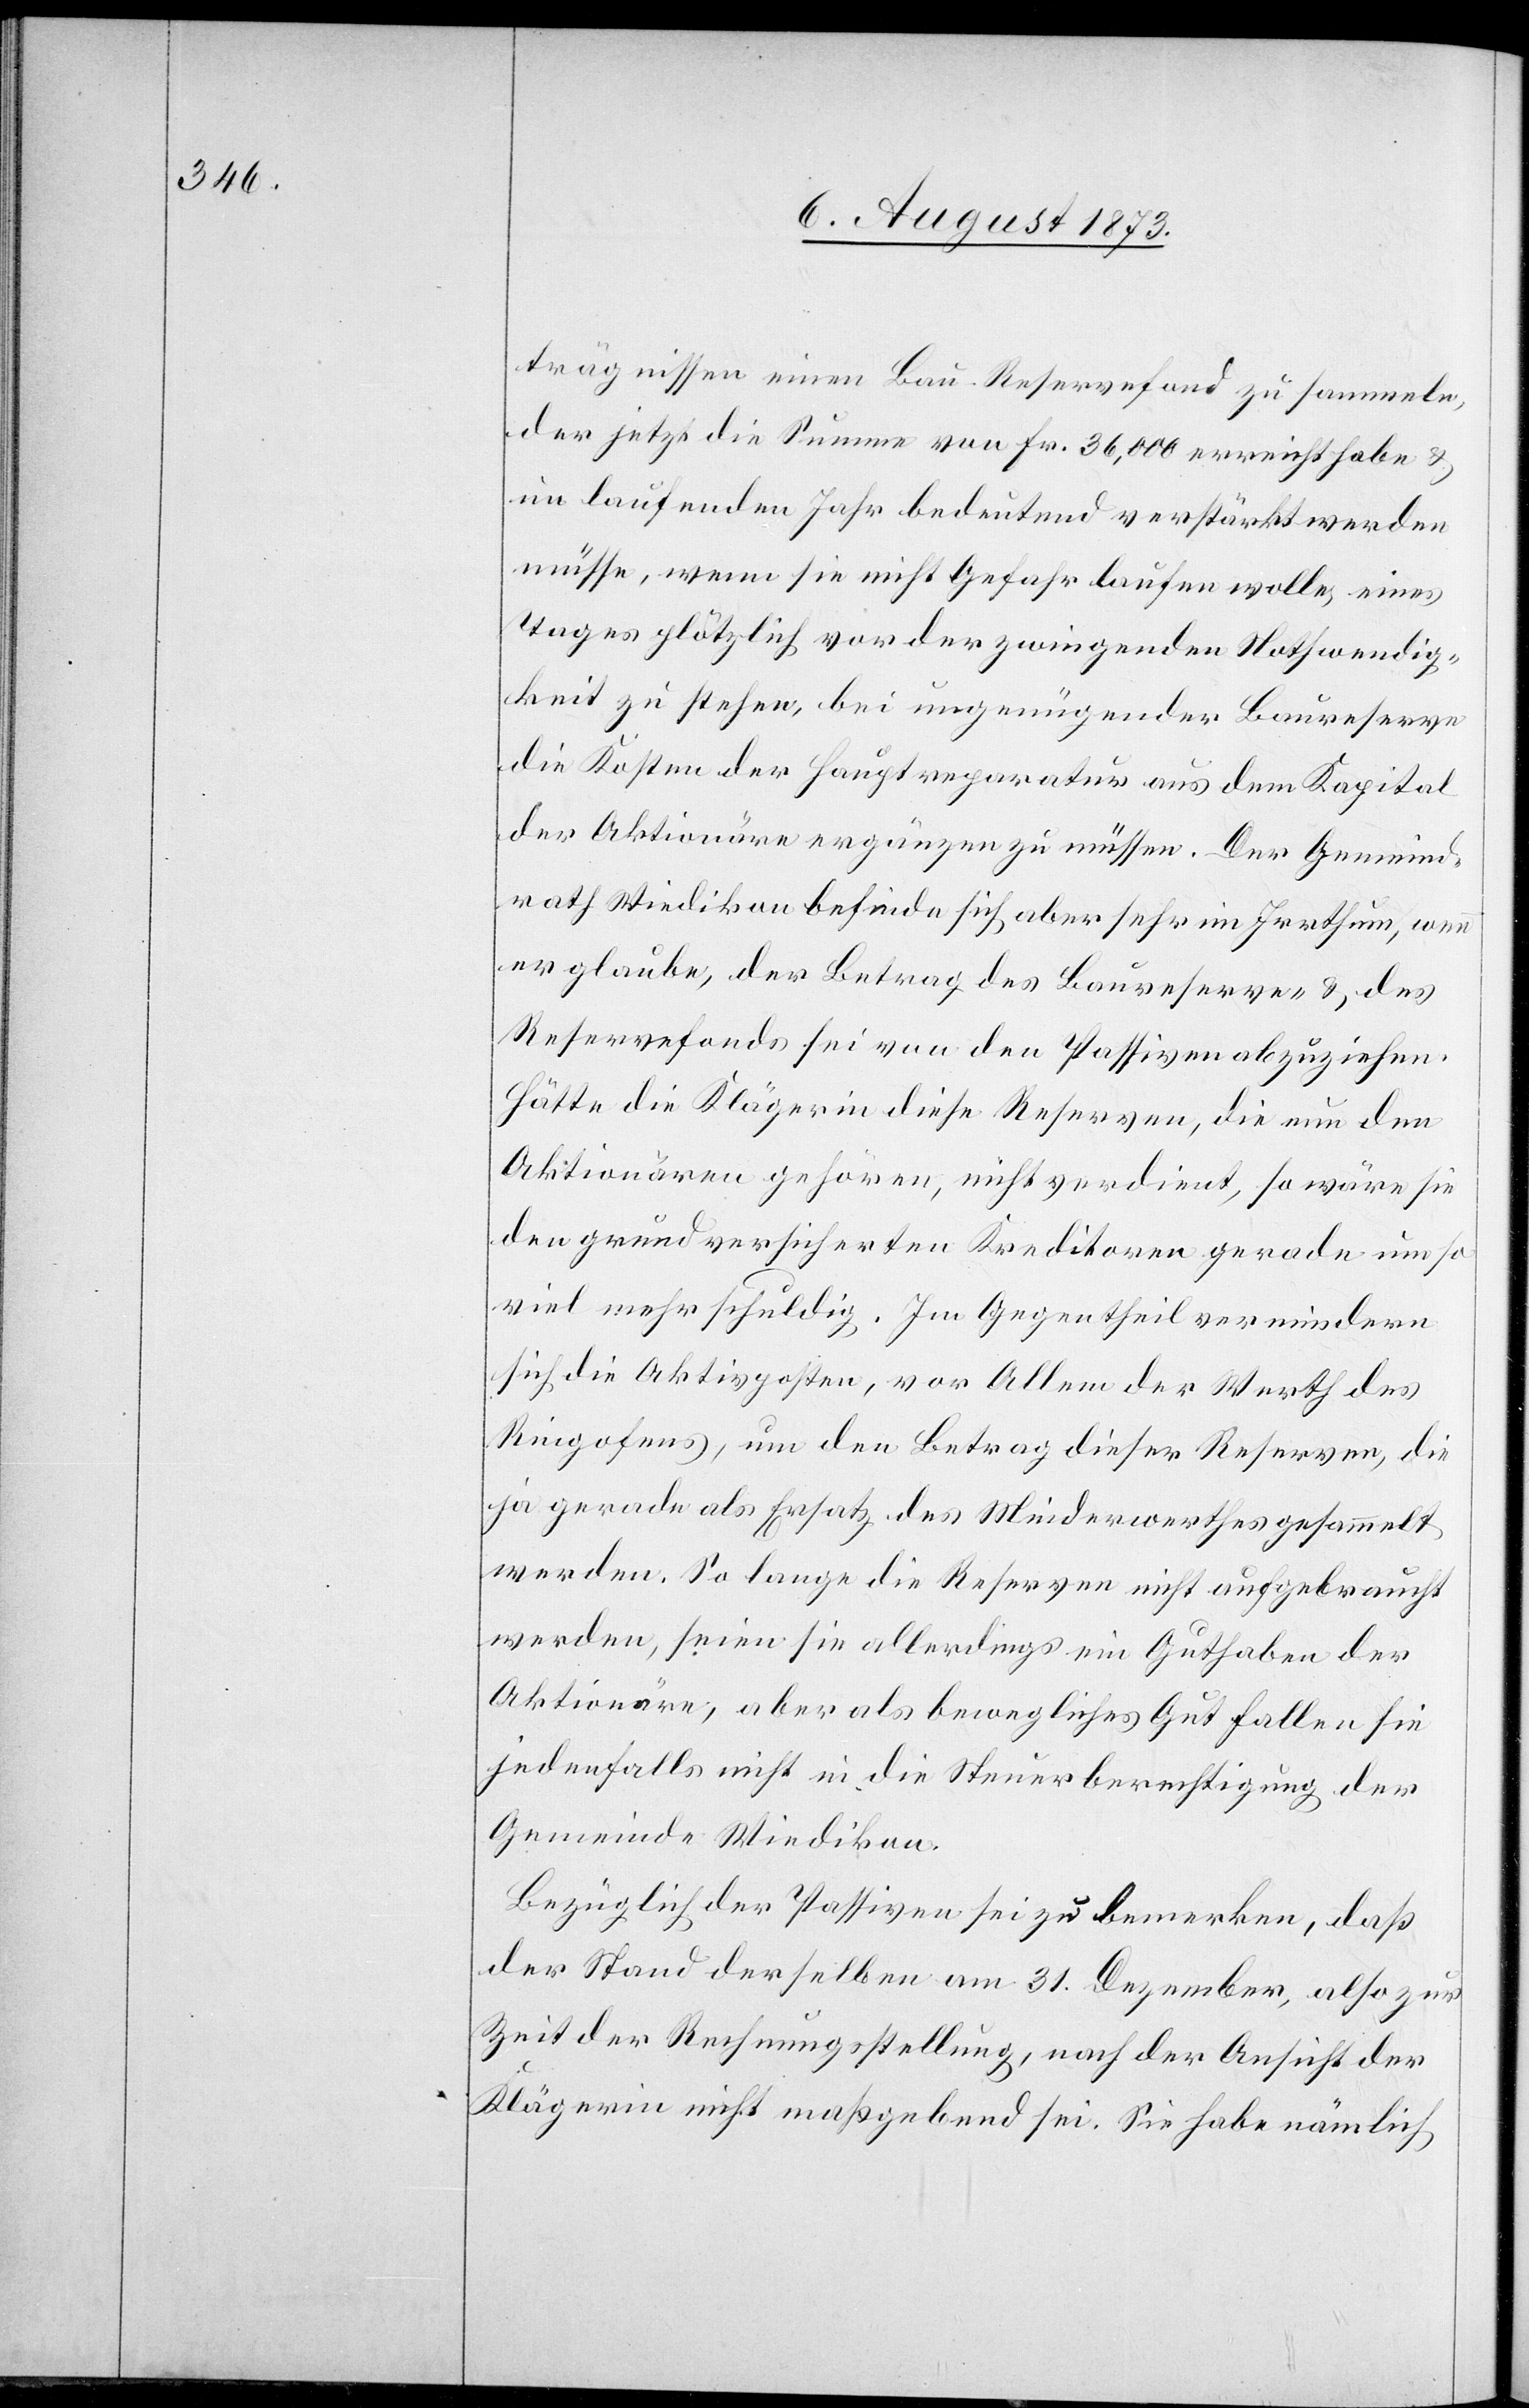
trägnissen einen Bau-Reservefond zu sammeln,
der jetzt die Summe von Fr. 36,000 erreicht habe &
im laufenden Jahr bedeutend verstärkt werden
müsse, wenn sie nicht Gefahr laufen wolle, eines
Tages plötzlich vor der zwingenden Nothwendig¬
keit zu stehen, bei ungenügender Baureserve
die Kosten der Hauptreparatur aus dem Kapital
der Aktionäre ergänzen zu müssen. Der Gemeind¬
rath Wiedikon befinde sich aber sehr im Irrthum, wenn
er glaube, der Betrag des Baureserve- & des
Reservefonds sei von den Passiven abzuziehen.
Hätte die Klägerin diese Reserven, die nun den
Aktionären gehören, nicht verdient, so wäre sie
den grundversicherten Kreditoren gerade um so
viel mehr schuldig. Im Gegentheil vermindern
sich die Aktivposten, vor Allem der Werth des
Ringofens, um den Betrag dieser Reserven, die
ja gerade als Ersatz des Minderwerthes gesammelt
werden. So lange die Reserven nicht aufgebraucht
werden, seien sie allerdings ein Guthaben der
Aktionäre, aber als bewegliches Gut fallen sie
jedenfalls nicht in die Steuerberechtigung der
Gemeinde Wiedikon.
Bezüglich der Passiven sei zu bemerken, daß
der Stand derselben am 31. Dezember, also zur
Zeit der Rechnungsstellung, nach der Ansicht der
Klägerin nicht maßgebend sei. Sie habe nämlich